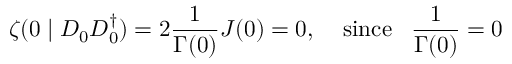
\zeta ( 0 \mid D _ { 0 } D _ { 0 } ^ { \dagger } ) = 2 \frac { 1 } { \Gamma ( 0 ) } J ( 0 ) = 0 , \; \; \; \; \mathrm { s i n c e } \; \; \; \frac { 1 } { \Gamma ( 0 ) } = 0